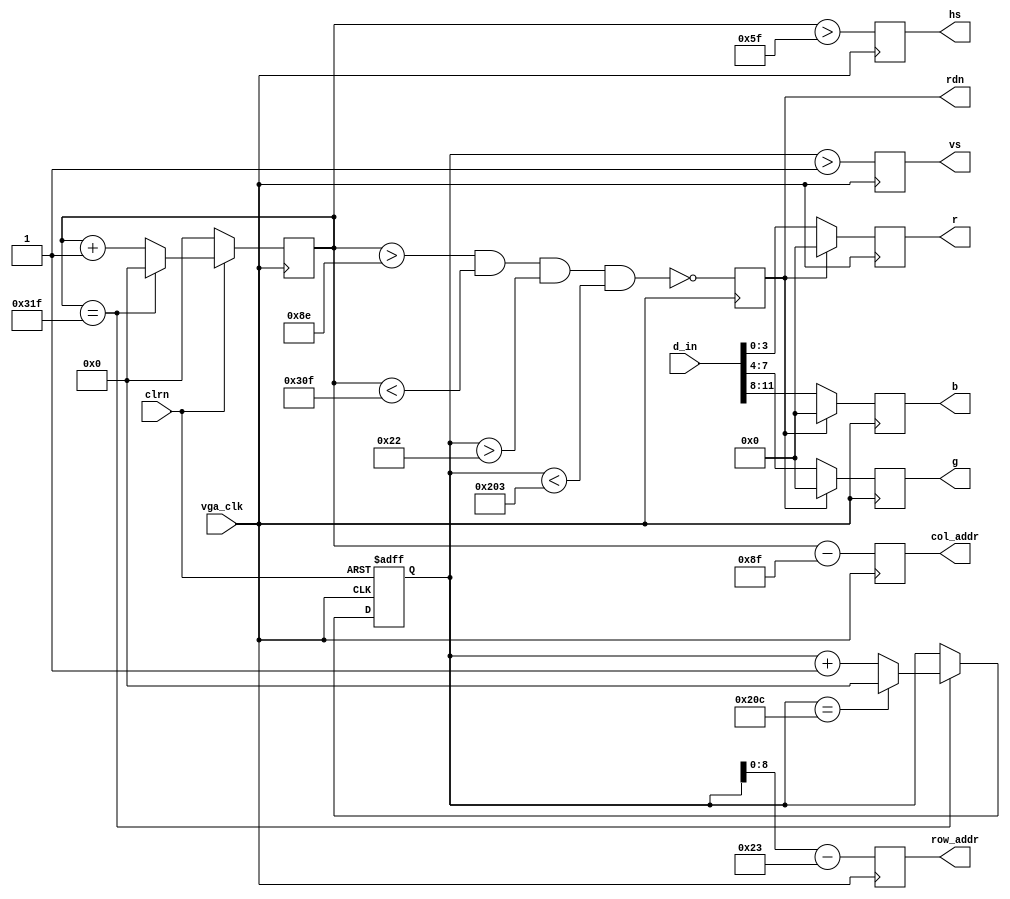
`timescale 1ns / 1ps
//////////////////////////////////////////////////////////////////////////////////
// Company: 
// Engineer: 
// 
// Design Name: 
// Module Name:    VGA 
// Project Name: 
// Target Devices: 
// Tool versions: 
// Description: 
//
// Dependencies: 
//
// Revision: 
// Revision 0.01 - File Created
// Additional Comments: 
//
//////////////////////////////////////////////////////////////////////////////////
module VGA (vga_clk,clrn,d_in,row_addr,col_addr,rdn,r,g,b,hs,vs); // vgac
   input     [11:0] d_in;     // bbbb_gggg_rrrr, pixel
   input            vga_clk;  // 25MHz
   input            clrn;
   output reg [8:0] row_addr; // pixel ram row address, 480 (512) lines
   output reg [9:0] col_addr; // pixel ram col address, 640 (1024) pixels
   output reg [3:0] r,g,b; // red, green, blue colors
   output reg       rdn;      // read pixel RAM (active_low)
   output reg       hs,vs;    // horizontal and vertical synchronization
   // h_count: VGA horizontal counter (0-799)
   reg [9:0] h_count; // VGA horizontal counter (0-799): pixels
   always @ (posedge vga_clk) begin
       if (!clrn) begin
           h_count <= 10'h0;
       end else if (h_count == 10'd799) begin
           h_count <= 10'h0;
       end else begin 
           h_count <= h_count + 10'h1;
       end
   end
   // v_count: VGA vertical counter (0-524)
   reg [9:0] v_count; // VGA vertical   counter (0-524): lines
   always @ (posedge vga_clk or negedge clrn) begin
       if (!clrn) begin
           v_count <= 10'h0;
       end else if (h_count == 10'd799) begin
           if (v_count == 10'd524) begin
               v_count <= 10'h0;
           end else begin
               v_count <= v_count + 10'h1;
           end
       end
   end
    // signals, will be latched for outputs
    wire  [9:0] row    =  v_count - 10'd35;     // pixel ram row addr 
    wire  [9:0] col    =  h_count - 10'd143;    // pixel ram col addr 
    wire        h_sync = (h_count > 10'd95);    //  96 -> 799
    wire        v_sync = (v_count > 10'd1);     //   2 -> 524
    wire        read   = (h_count > 10'd142) && // 143 -> 782
                         (h_count < 10'd783) && //        640 pixels
                         (v_count > 10'd34)  && //  35 -> 514
                         (v_count < 10'd515);   //        480 lines
    // vga signals
    always @ (posedge vga_clk) begin
        row_addr <=  row[8:0]; // pixel ram row address
        col_addr <=  col;      // pixel ram col address
        rdn      <= ~read;     // read pixel (active low)
        hs       <=  h_sync;   // horizontal synchronization
        vs       <=  v_sync;   // vertical   synchronization
        r        <=  rdn ? 4'h0 : d_in[3:0]; // 3-bit red
        g        <=  rdn ? 4'h0 : d_in[7:4]; // 3-bit green
        b        <=  rdn ? 4'h0 : d_in[11:8]; // 2-bit blue
    end
endmodule